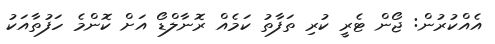
އެއްކުރުން: ޖޯން ޓެރީ ކުރި ތަފާތު ކަމެއް ރޮނާލްޑޯ އަށް ކޮންމެ ހަފުތާއަކު